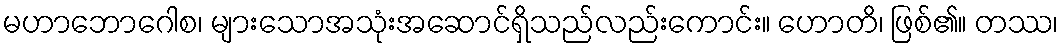
မဟာဘောဂေါစ၊ များသောအသုံးအဆောင်ရှိသည်လည်းကောင်း။ ဟောတိ၊ ဖြစ်၏။ တဿ၊